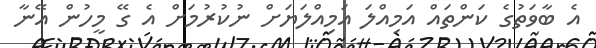
އެ ބާވަތުގެ ކަންތައް އަމިއްލަ އަމިއްލަޔަށް ނުކުރުމަށް އެ ގޭ މީހުން އޭނާ